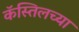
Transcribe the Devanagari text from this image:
कॅस्तिलच्या